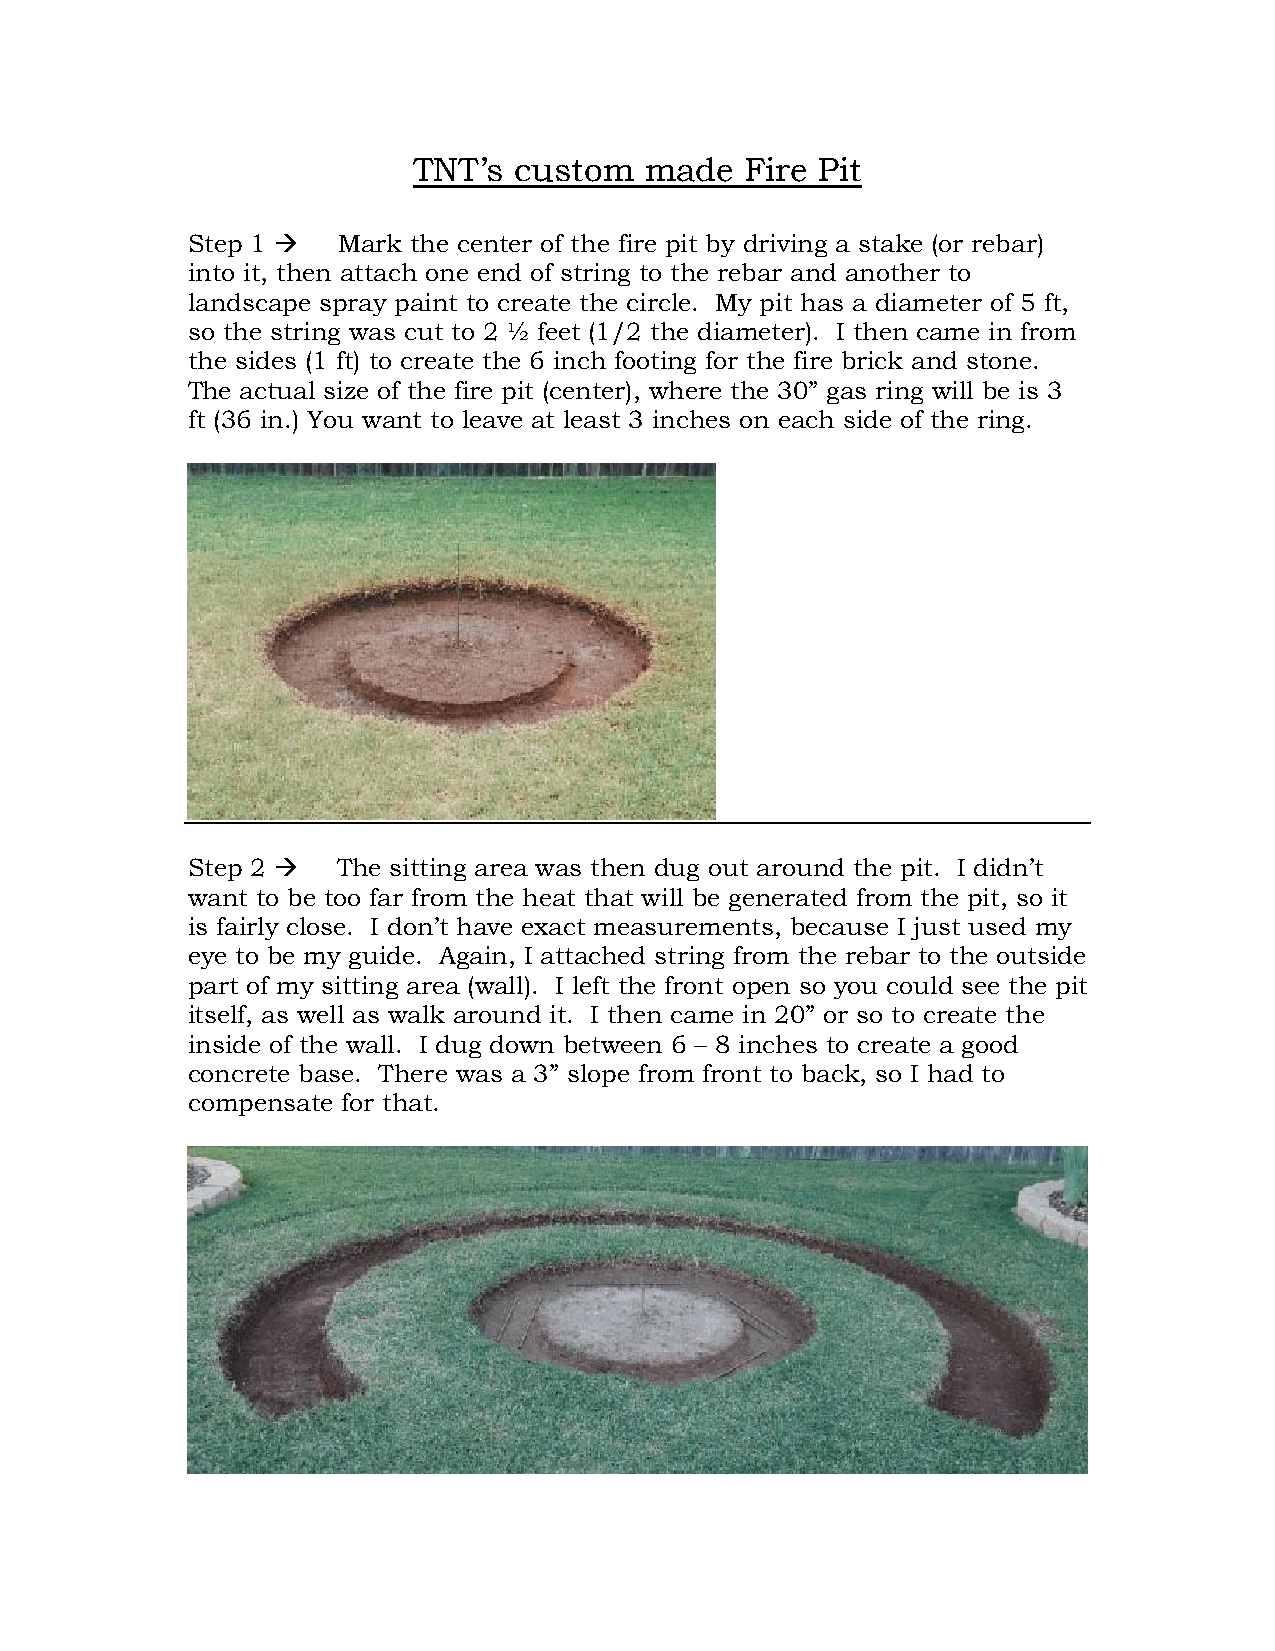
TNT’s  custom   made  Fire Pit
 Step 1   Mark the center of the fire pit by driving a stake (or rebar)
 into it, then attach one end of string to the rebar and another to
 landscape spray paint to create the circle. My pit has a diameter of 5 ft,
 so the string was cut to 2 ½ feet (1/2 the diameter). I then came in from
 the sides (1 ft) to create the 6 inch footing for the fire brick and stone.
 The actual size of the fire pit (center), where the 30” gas ring will be is 3
 ft (36 in.) You want to leave at least 3 inches on each side of the ring.
 Step 2   The sitting area was then dug out around the pit. I didn’t
 want to be too far from the heat that will be generated from the pit, so it
 is fairly close. I don’t have exact measurements, because I just used my
 eye to be my guide. Again, I attached string from the rebar to the outside
 part of my sitting area (wall). I left the front open so you could see the pit
 itself, as well as walk around it. I then came in 20” or so to create the
 inside of the wall. I dug down between 6 – 8 inches to create a good
 concrete base. There was a 3” slope from front to back, so I had to
 compensate for that.